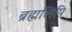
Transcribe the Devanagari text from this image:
ब्रह्मलिपि